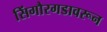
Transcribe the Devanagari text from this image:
सिंगौरगडावरून